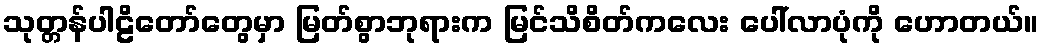
သုတ္တန်ပါဠိတော်တွေမှာ မြတ်စွာဘုရားက မြင်သိစိတ်ကလေး ပေါ်လာပုံကို ဟောတယ်။